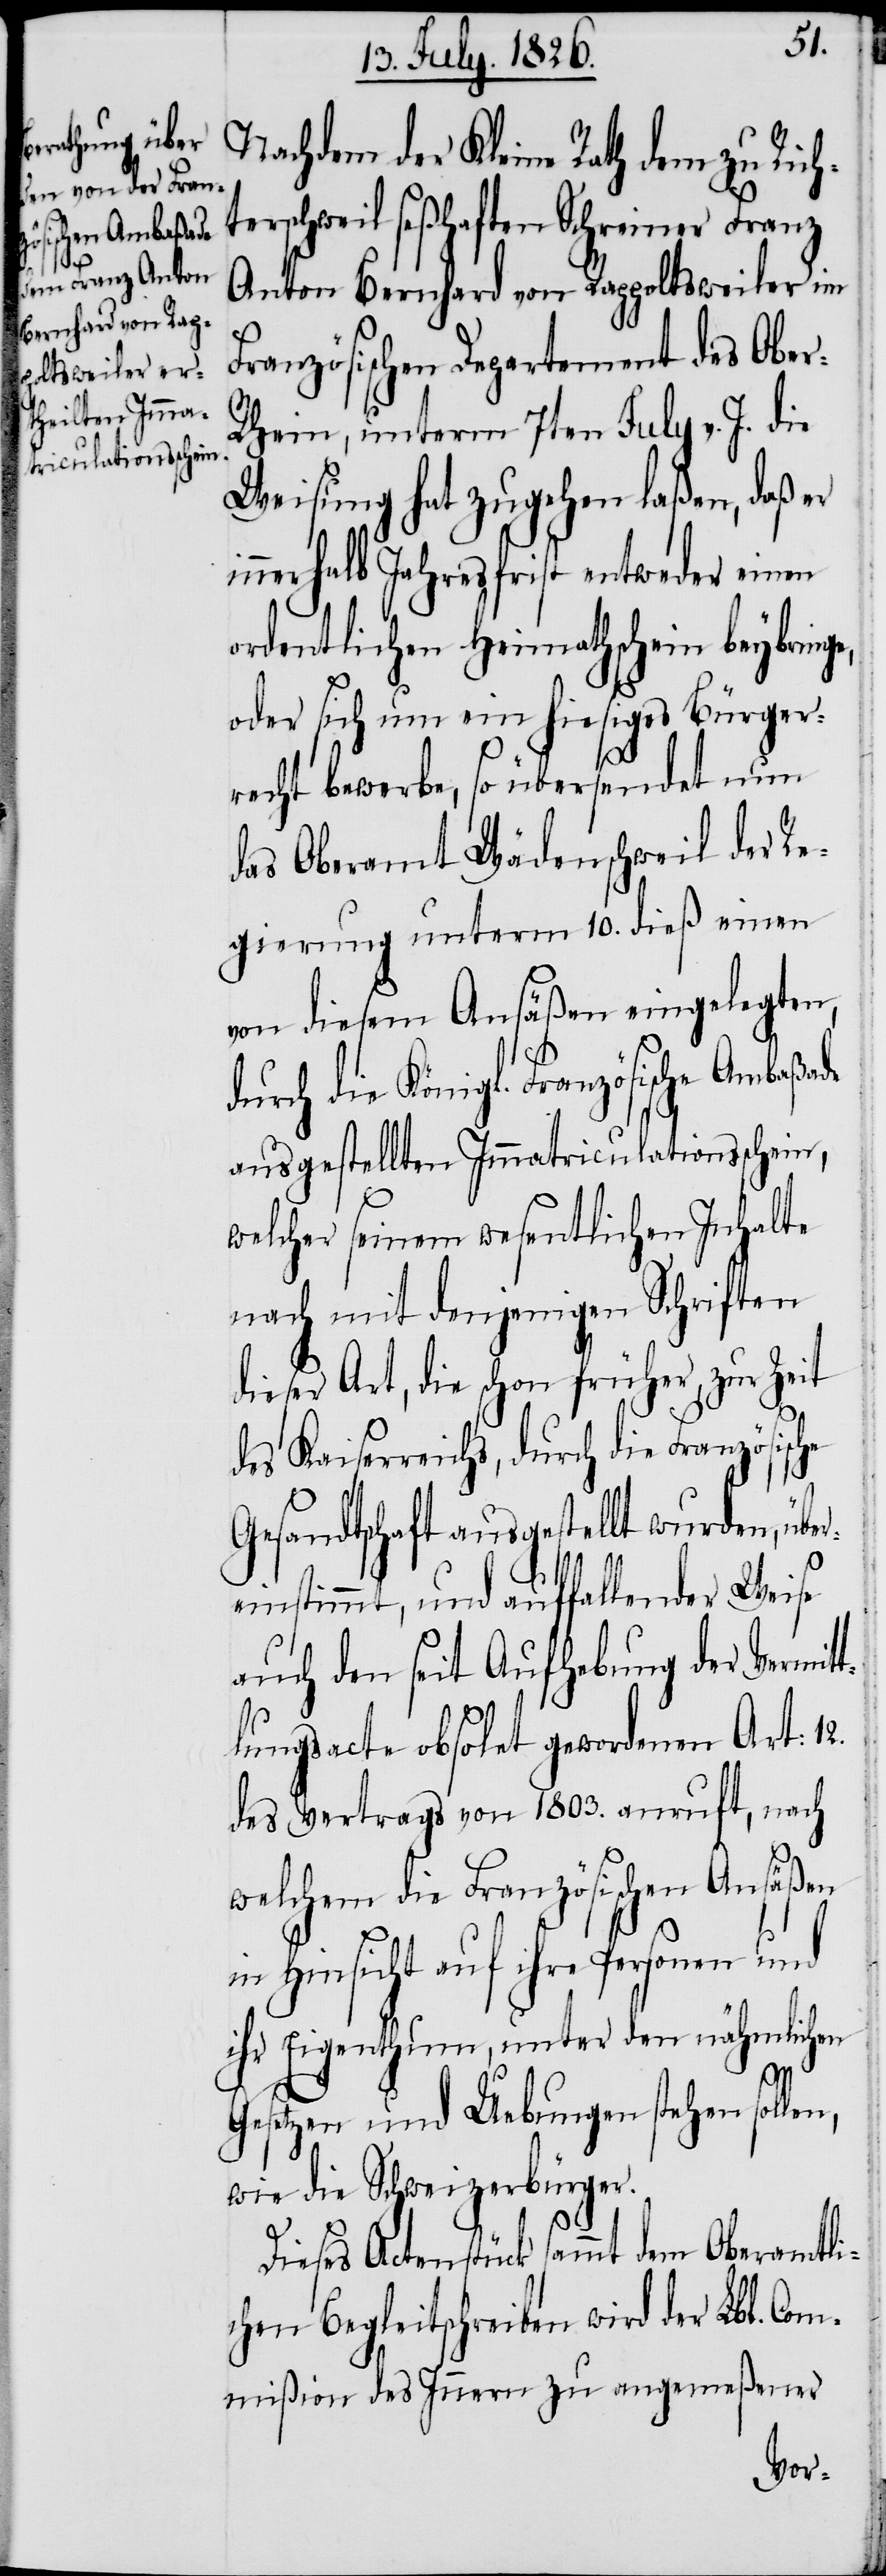
Nachdem der Kleine Rath dem zu Rich¬
terschweil seßhaften Schreiner Franz
r-R¬
Anton Bernhard von Rappoltsweiler im
Französischen Departement des Obe¬
hein, unterm 7ten July v. J. die
Weisung hat zugehen laßen, daß er
innerhalb Jahresfrist entweder einen
ordentlichen Heimathschein beybring¬
oder sich um ein hiesiges Bürger¬
recht bewerbe, so übersendet nun
das Oberamt Wädenschweil der Re¬
gierung unterm 10. dieß einen
von diesem Ansäßen eingelegten,
durch die Königl. Französische Ambaßade
ausgestellten Immatriculationsschein,
welcher seinem wesentlichen Inhalte
nach mit denjenigen Schriften
dieser Art, die schon früher, zur Zeit
des Kaiserreichs, durch die Französisc¬
Gesandtschaft ausgestellt wurden, über¬
he
einstimmt, und auffallender Weise
auch den seit Aufhebung der Vermit¬
tlungsacte obsolet gewordenen Art: 12.
des Vertrags von 1803. anruft, nach
welchem die Französischen Ansäßen
in Hinsicht auf ihre Personen und
ihr Eigenthum, unter den nähmlichen
Gesetzen und Uebungen stehen sollen,
wie die Schweizerbürger.
Dieses Actenstück sammt dem Oberamtli¬
chen Begleitschreiben wird der Lbl. Co¬
mmißion des Innern zu angemeßener